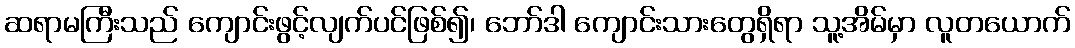
ဆရာမကြီးသည် ကျောင်းဖွင့်လျက်ပင်ဖြစ်၍၊ ဘော်ဒါ ကျောင်းသားတွေရှိရာ သူ့အိမ်မှာ လူတယောက်